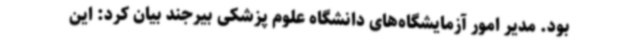
بود. مدیر امور آزمایشگاه‌های دانشگاه علوم پزشکی بیرجند بیان کرد: این